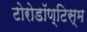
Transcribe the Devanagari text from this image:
टोरोडॉण्टिस्म